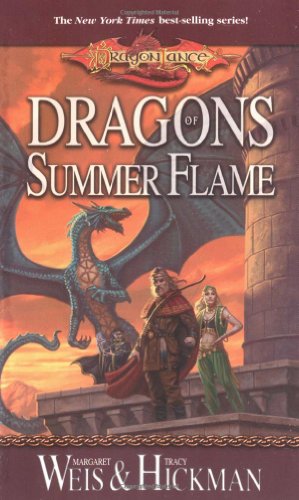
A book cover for Dragons of Summer Flame; Margaret Weis; Science Fiction & Fantasy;